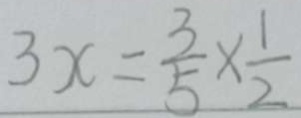
3 x = \frac { 3 } { 5 } \times \frac { 1 } { 2 }